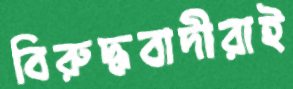
বিরুদ্ধবাদীরাই